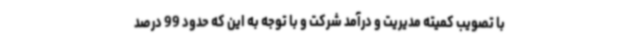
با تصویب کمیته مدیریت و درآمد شرکت و با توجه به این که حدود 99 درصد